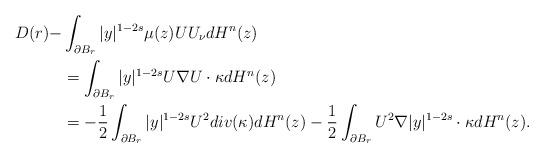
LaTeX: \begin{align*}D(r)-&\int_{\partial B_r}|y|^{1-2s}\mu(z)UU_\nu dH^n(z)\\&=\int_{\partial B_r}|y|^{1-2s}U\nabla U\cdot\kappa dH^n(z)\\&=-\frac{1}{2}\int_{\partial B_r}|y|^{1-2s}U^2div(\kappa) dH^n(z)-\frac{1}{2}\int_{\partial B_r}U^2\nabla |y|^{1-2s}\cdot\kappa dH^n(z).\end{align*}